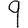
Digit: 9